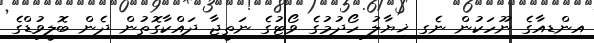
އިންޑިއާގެ ނޫހަކުން ނެގި ޚިޔާލު ހޯދުމުގެ ވޯޓުގެ ނަތީޖާ ދައްކާގޮތުން ދެން ބޮލީވުޑްގެ